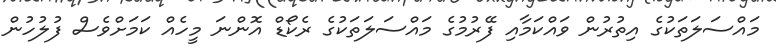
މައްސަލަތަކުގެ އިތުރުން ވައްކަމާއި ފޭރުމުގެ މައްސަލަތަކުގެ ރެކޯޑް އޮންނަ މީހެއް ކަމަށްވެސް ފުލުހުން